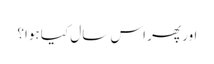
اور پھر اس سال کیا ہوا؟